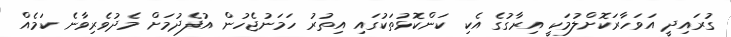
ގުރައިދީ އަވަހާރަކޮށްލުމަކީ އިރާގުގެ އެކި ކަންކޮޅުތަކުގައި އިތުރު ހަމަނުޖެހުން އުފެދުމަށް މެދުވެރިވާނެ ކަމެއް